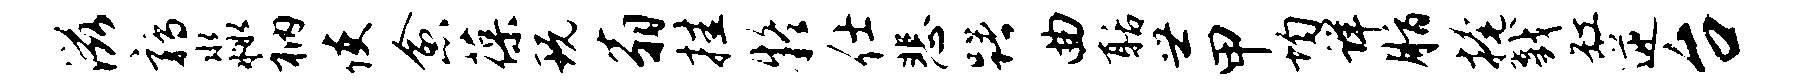
滋鹑淼衲使愈葆玩翁挂疑仕悲躇曲聒世甲均详脂掩戮缸逆台